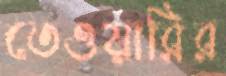
তেওয়ারির